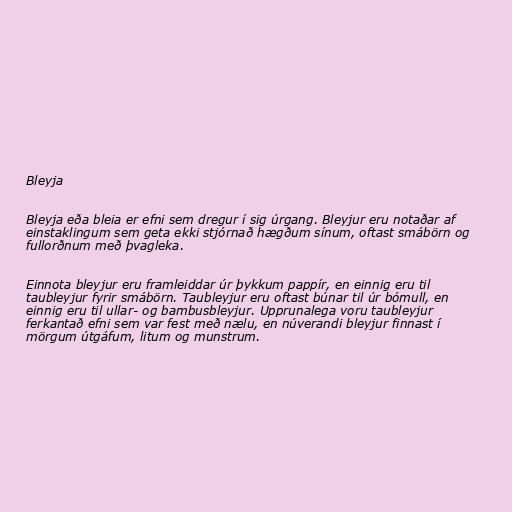
Bleyja

Bleyja eða bleia er efni sem dregur í sig úrgang. Bleyjur eru notaðar af
einstaklingum sem geta ekki stjórnað hægðum sínum, oftast smábörn og
fullorðnum með þvagleka.

Einnota bleyjur eru framleiddar úr þykkum pappír, en einnig eru til
taubleyjur fyrir smábörn. Taubleyjur eru oftast búnar til úr bómull, en
einnig eru til ullar- og bambusbleyjur. Upprunalega voru taubleyjur
ferkantað efni sem var fest með nælu, en núverandi bleyjur finnast í
mörgum útgáfum, litum og munstrum.